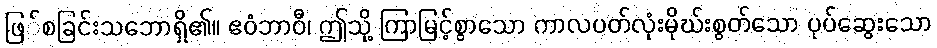
ဖြ်စခြင်းသဘောရှိ၏။ ဧဝံဘာဝီ၊ ဤသို့ ကြာမြင့်စွာသော ကာလပတ်လုံးမိုဃ်းစွတ်သော ပုပ်ဆွေးသော